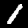
Label: 1